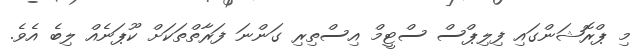
މި ޕްރޮޝަންގައި ފިލިޕްސް ސްޓީމް އިސްތިރި ގަންނަ ފަރާތްތަކަށް ކޫޕަނެއް ލިބެ އެވެ.